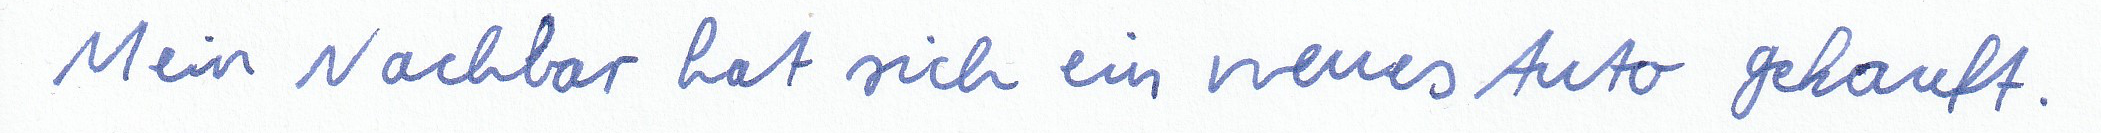
Mein Nachbar hat sich ein neues Auto gekauft.